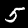
Digit: 5